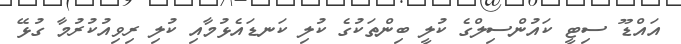
އައްޑޫ ސިޓީ ކައުންސިލްގެ ކުލީ ބިންތަކުގެ ކުލި ކަނޑައެޅުމާއި ކުލި ރިވިއުކުރުމާ ގުޅޭ